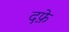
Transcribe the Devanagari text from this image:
दफ़े